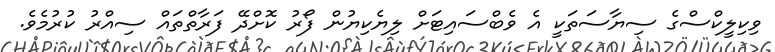
ވިކިލީކްސްގެ ސިޔާސަތަކީ އެ ވެބްސައިޓަށް ލިޔެކިޔުން ފޯރު ކޮށްދޭ ފަރާތްތައް ސިއްރު ކުރުމެވެ.